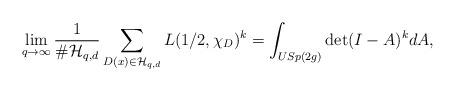
LaTeX: \begin{align*} \lim_{q \to \infty} \frac{1}{\# \mathcal H_{q,d}} \sum_{D(x) \in \mathcal H_{q,d}} L(1/2,\chi_D)^k = \int_{USp(2g)} \det(I-A)^k dA,\end{align*}